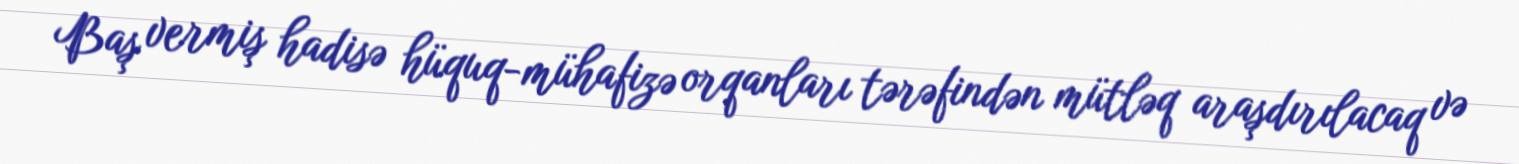
Baş vermiş hadisə hüquq-mühafizə orqanları tərəfindən mütləq araşdırılacaq və